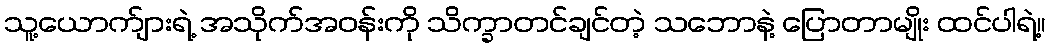
သူ့ယောက်ျားရဲ့ အသိုက်အဝန်းကို သိက္ခာတင်ချင်တဲ့ သဘောနဲ့ ပြောတာမျိုး ထင်ပါရဲ့။